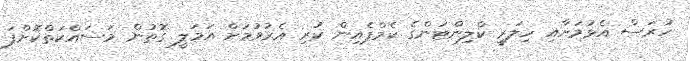
ހުރަސް އެޅުމަށާއި ހިލަރީ ކްލިންޓަންގެ ކެމްޕެއިން ކުރި އެރުވުމަށް އަމަލީ ގޮތުން މަސައްކަތްކޮށްފަ